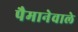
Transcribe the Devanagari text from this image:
पैमानेवाले